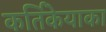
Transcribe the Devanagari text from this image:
कर्तिकेयाका